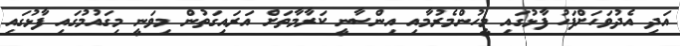
އަދި އެދުވަހަށްފަހު ފާޅުގައި މީހުންމެރުމާއި އިންސާނީ ކަރާމާތަށް އަރައިގަތުން މިވަނީ މިގައުމުގައި ފާޅުގައި